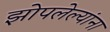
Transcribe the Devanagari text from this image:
झोपलेल्यांना